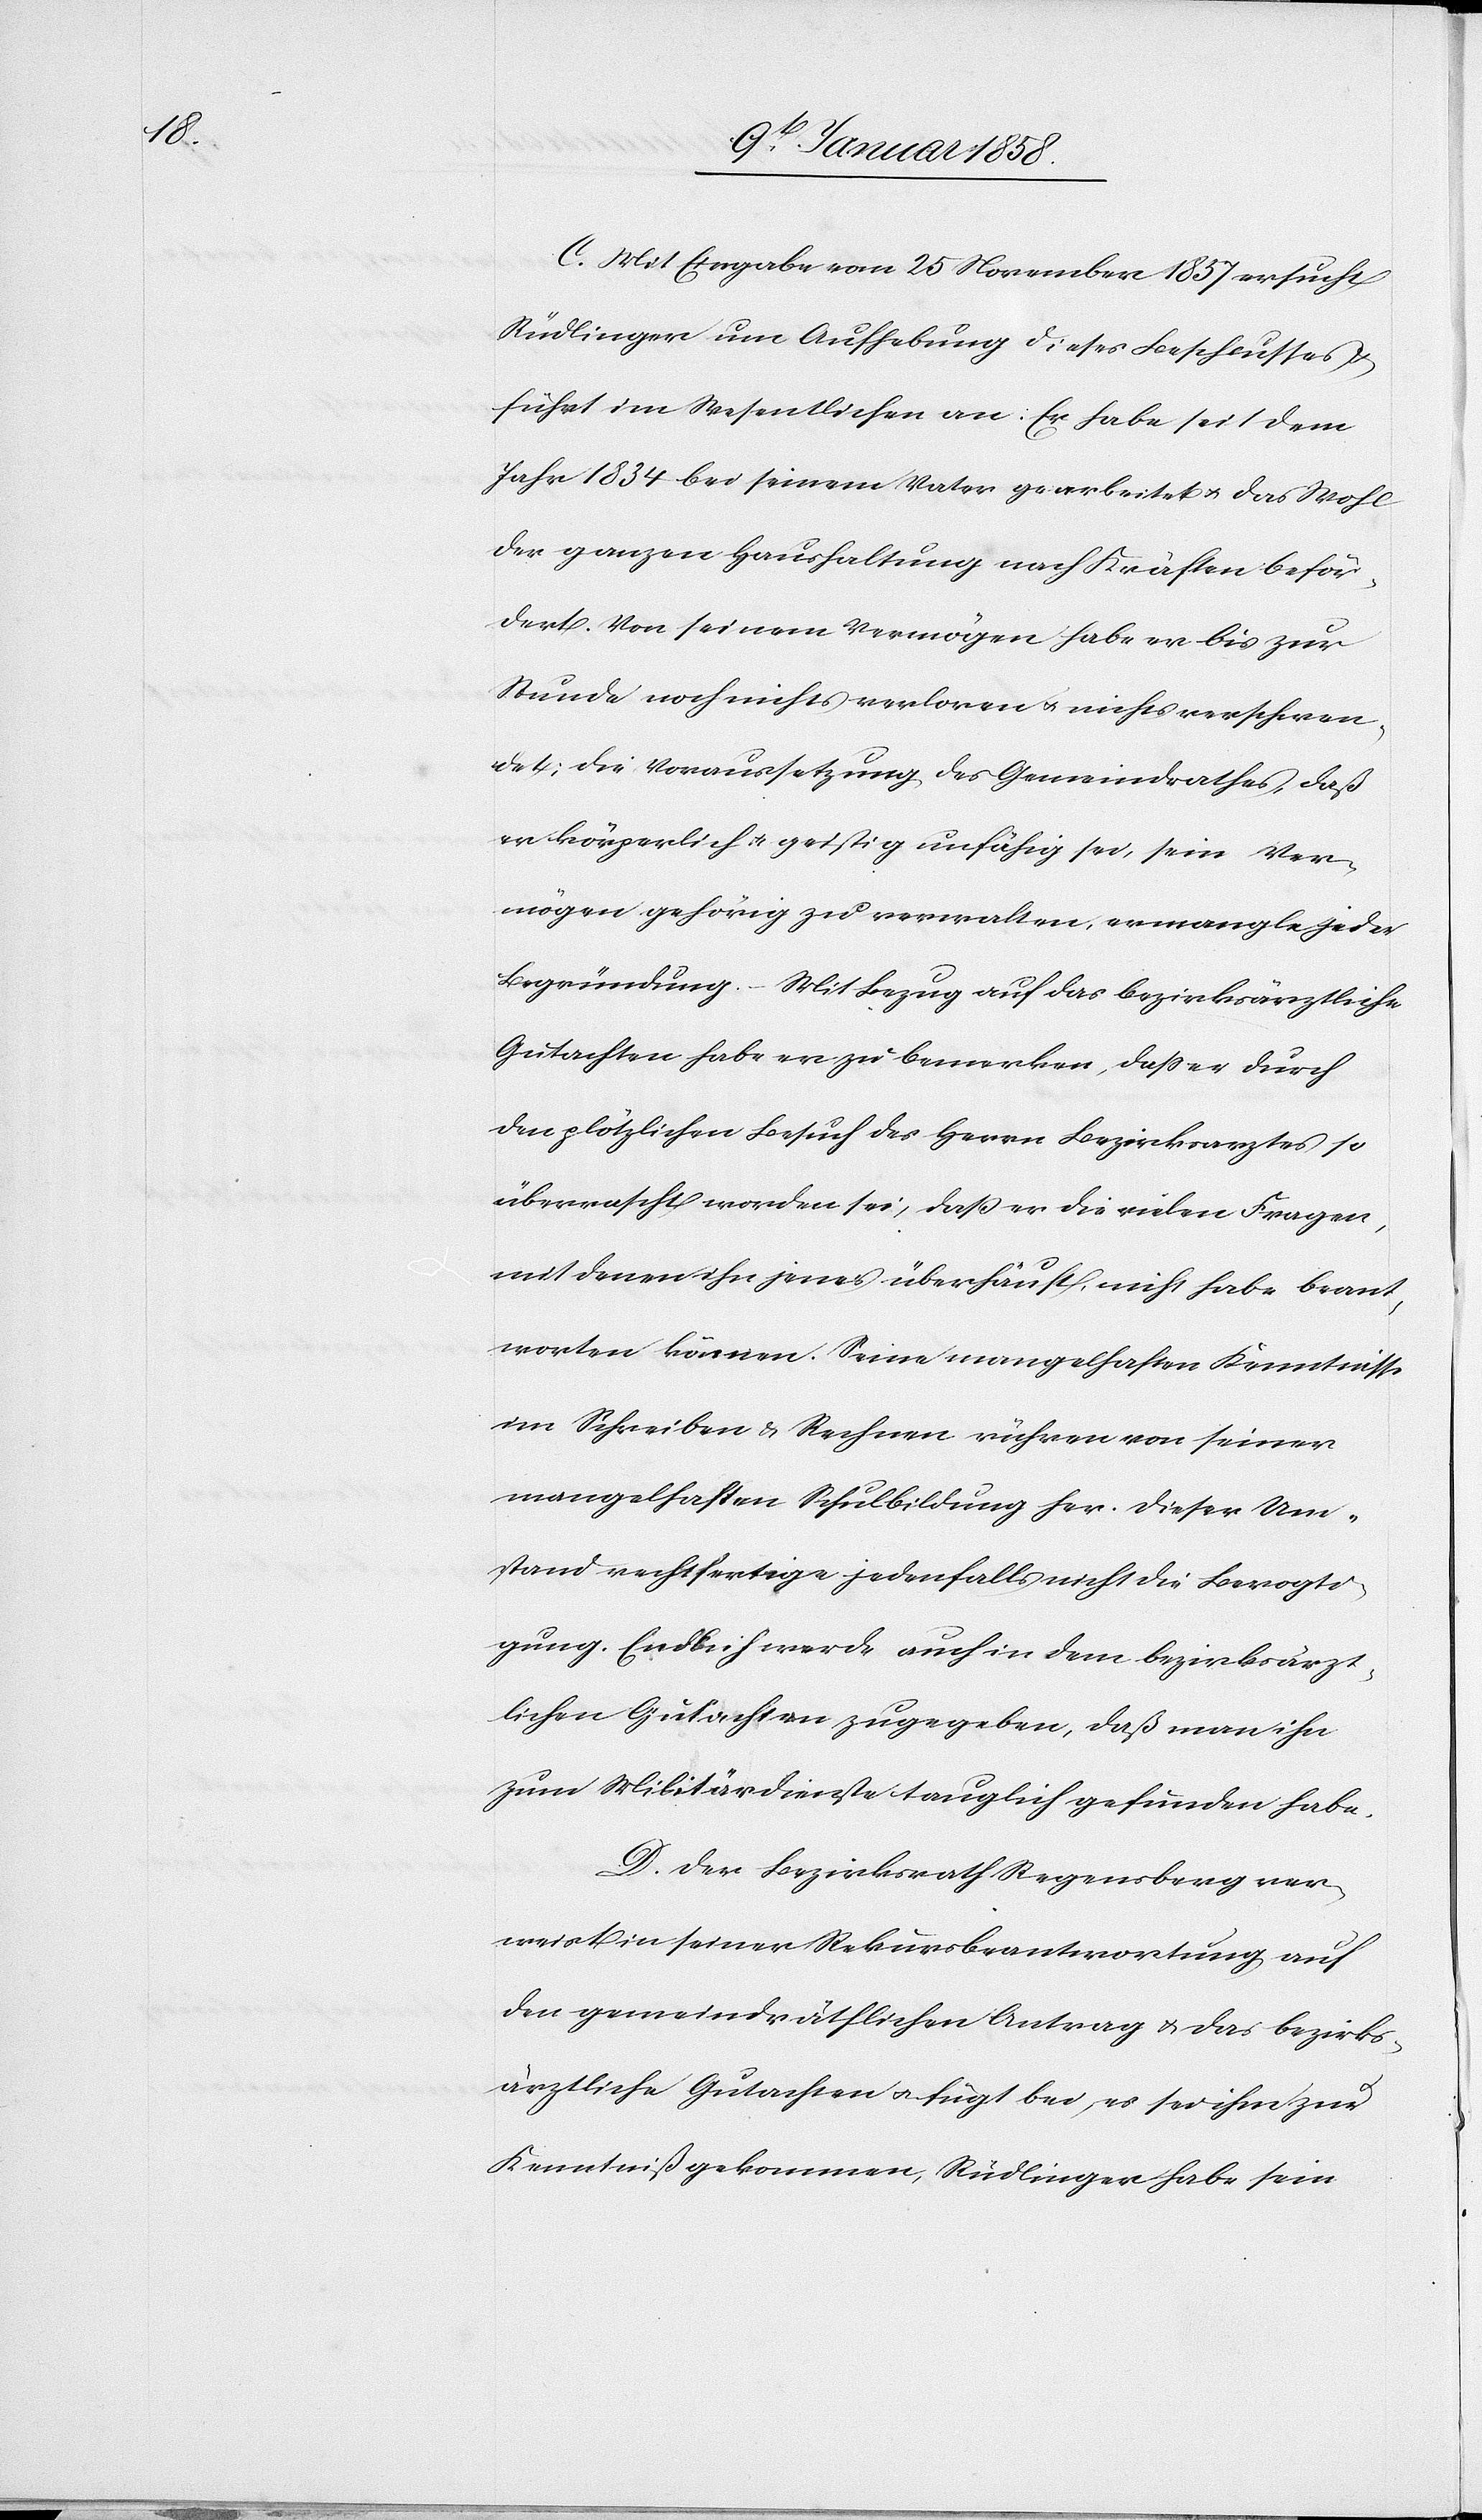
C. Mit Eingabe vom 25 November 1857 ersucht
Rüdlinger um Aufhebung dieses Beschlusses
führt im Wesentlichen an: Er habe seit dem
Jahr 1834 bei seinem Vater gearbeitet u. das Wohl
der ganzen Haushaltung nach Kräften beför¬
dert. Von seinem Vermögen habe er bis zur
Stunde noch nichts verloren u. nichts verschwen¬
det; die Voraussetzung des Gemeindrathes, daß
er körperlich u. geistig unfähig sei, sein Ver¬
mögen gehörig zu verwalten, ermangle jeder
Begründung. Mit Bezug auf das bezirksärztliche
Gutachten habe er zu bemerken, daß er durch
den plötzlichen Besuch des Herrn Berzirksarztes so
überrascht worden sei, daß er die vielen Fragen,
mit denen ihn jener überhäuft, nicht habe beant¬
worten können. Seine mangelhaften Kenntnisse
im Schreiben u. Rechnen rühren von seiner
mangelhaften Schulbildung her. Dieser Um¬
stand rechtfertige jedenfalls nicht die Bevogti¬
gung. Endlich werde auch in dem bezirksärzt¬
lichen Gutachten zugegeben, daß man ihn
zum Militärdienste tauglich gefunden habe.
D. Der Bezirksrath Regensberg ver¬
weist in seiner Rekursbeantwortung auf
den gemeindräthlichen Antrag u. das bezirks¬
ärztliche Gutachten u. fügt bei, es sei ihm zur
Kenntniß gekommen, Rüdlinger habe sein